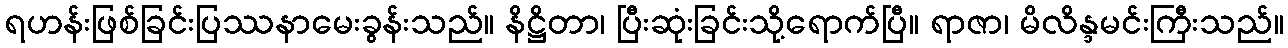
ရဟန်းဖြစ်ခြင်းပြဿနာမေးခွန်းသည်။ နိဋ္ဌိတာ၊ ပြီးဆုံးခြင်းသို့ရောက်ပြီ။ ရာဇာ၊ မိလိန္ဒမင်းကြီးသည်။